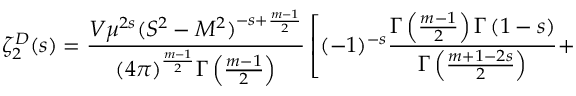
\zeta _ { 2 } ^ { D } ( s ) = \frac { V \mu ^ { 2 s } ( S ^ { 2 } - M ^ { 2 } ) ^ { - s + \frac { m - 1 } { 2 } } } { ( 4 \pi ) ^ { \frac { m - 1 } { 2 } } \Gamma \left( \frac { m - 1 } { 2 } \right) } \left[ ( - 1 ) ^ { - s } \frac { \Gamma \left( \frac { m - 1 } { 2 } \right) \Gamma \left( 1 - s \right) } { \Gamma \left( \frac { m + 1 - 2 s } { 2 } \right) } + \right.